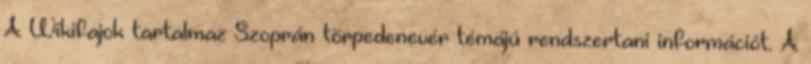
A Wikifajok tartalmaz Szoprán törpedenevér témájú rendszertani információt. A